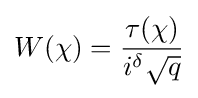
W(\chi )={\frac {\tau (\chi )}{i^{\delta }{\sqrt {q}}}}